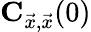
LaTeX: \mathbf{C}_{\vec{x},\vec{x}}(0)